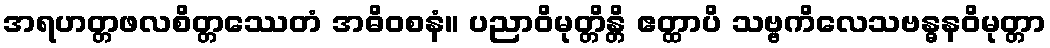
အရဟတ္တဖလစိတ္တဿေတံ အဓိဝစနံ။ ပညာဝိမုတ္တိန္တိ ဧတ္ထာပိ သဗ္ဗကိလေသဗန္ဓနဝိမုတ္တာ